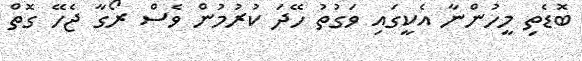
ބޮޑެތި މީހުންނާ އެކީގައި ވަގުތު ހޭދަ ކުރުމުން ވެސް ރޯގާ ޖެހޭ ގޮތް